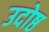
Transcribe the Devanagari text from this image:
उदोष्ठ